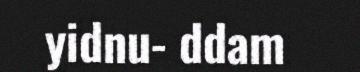
yidnu- ddam